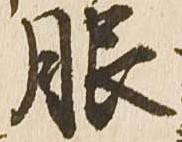
服